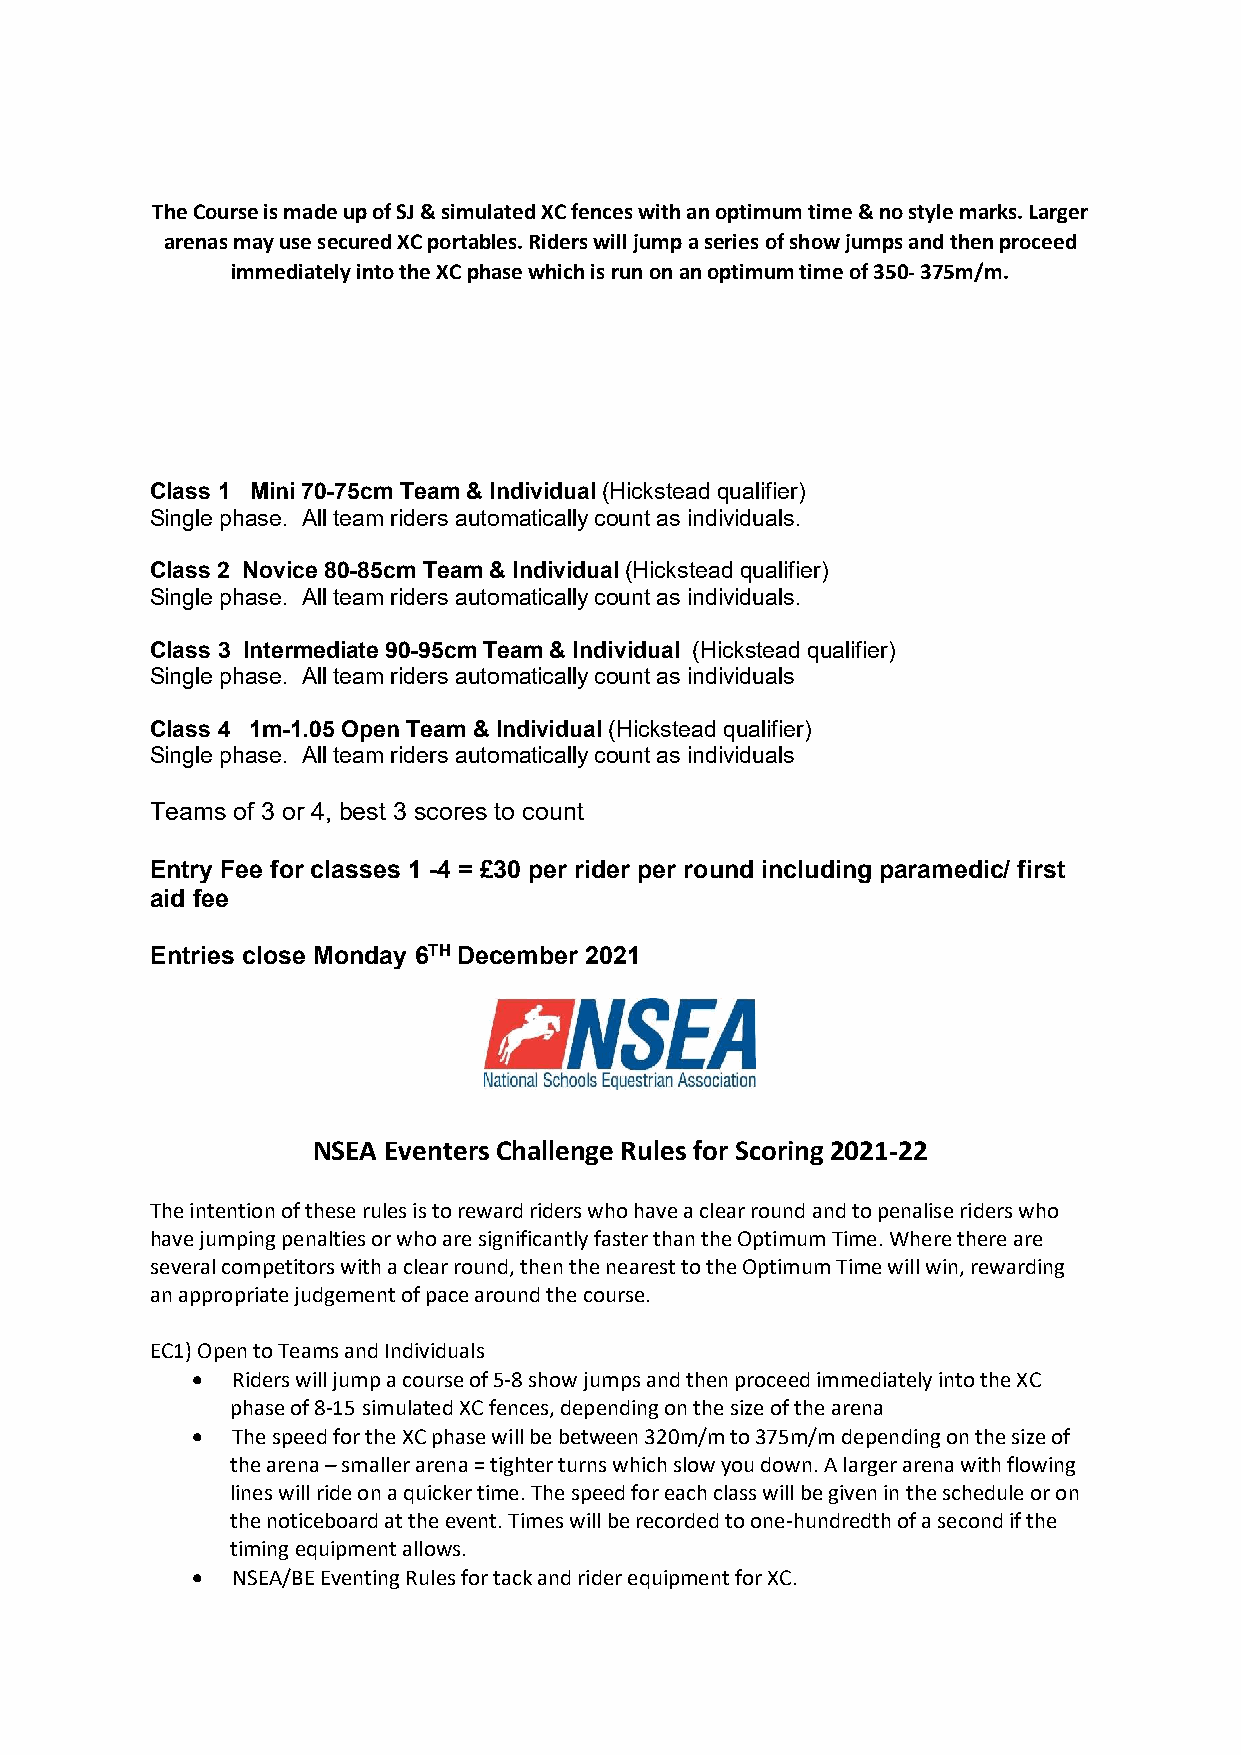
The Course is made up of SJ & simulated XC fences with an optimum time & no style marks. Larger
 arenas may use secured XC portables. Riders will jump a series of show jumps and then proceed
 immediately into the XC phase which is run on an optimum time of 350- 375m/m.
 Class 1 Mini 70-75cm Team & Individual (Hickstead qualifier)
 Single phase. All team riders automatically count as individuals.
 Class 2 Novice 80-85cm Team & Individual (Hickstead qualifier)
 Single phase. All team riders automatically count as individuals.
 Class 3 Intermediate 90-95cm Team & Individual (Hickstead qualifier)
 Single phase. All team riders automatically count as individuals
 Class 4 1m-1.05 Open Team & Individual (Hickstead qualifier)
 Single phase. All team riders automatically count as individuals
 Teams of 3 or 4, best 3 scores to count
 Entry Fee for classes 1 -4 = £30 per rider per round including paramedic/ first
 aid fee
 Entries close Monday 6TH December 2021
 NSEA Eventers Challenge Rules for Scoring 2021-22
 The intention of these rules is to reward riders who have a clear round and to penalise riders who
 have jumping penalties or who are significantly faster than the Optimum Time. Where there are
 several competitors with a clear round, then the nearest to the Optimum Time will win, rewarding
 an appropriate judgement of pace around the course.
 EC1) Open to Teams and Individuals
  Riders will jump a course of 5-8 show jumps and then proceed immediately into the XC
 phase of 8-15 simulated XC fences, depending on the size of the arena
  The speed for the XC phase will be between 320m/m to 375m/m depending on the size of
 the arena – smaller arena = tighter turns which slow you down. A larger arena with flowing
 lines will ride on a quicker time. The speed for each class will be given in the schedule or on
 the noticeboard at the event. Times will be recorded to one-hundredth of a second if the
 timing equipment allows.
  NSEA/BE Eventing Rules for tack and rider equipment for XC.